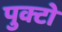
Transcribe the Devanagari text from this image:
पुक्टो